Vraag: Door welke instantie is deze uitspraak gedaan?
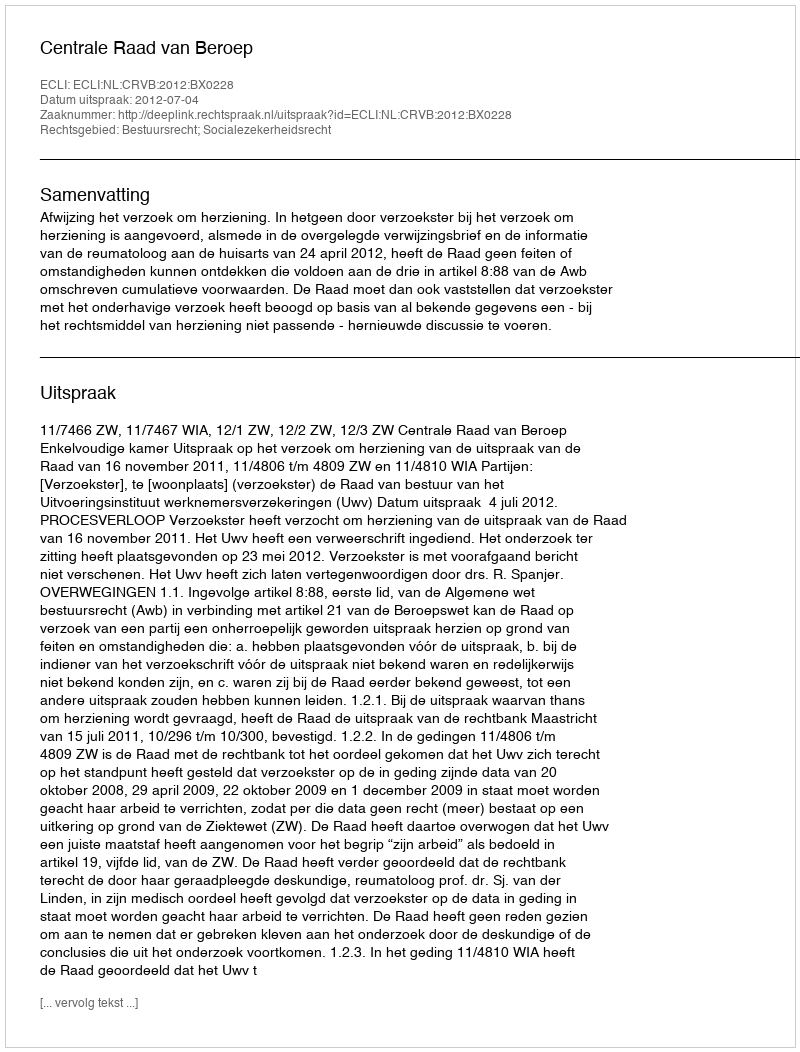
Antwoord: Centrale Raad van Beroep